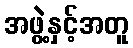
အဖွဲ့နှင့်အတူ